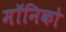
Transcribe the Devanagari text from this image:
मॉनिको